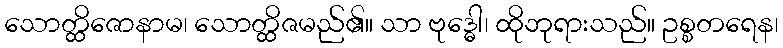
သောတ္ထိဇောနာမ၊ သောတ္ထိဇမည်၏။ သာ ဗုဒ္ဓေါ၊ ထိုဘုရားသည်။ ဥစ္စတရေန၊